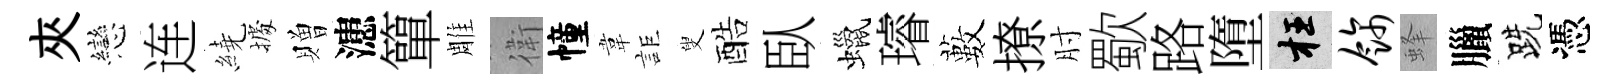
夾戀连繞𢴃贈漶簞雕衛幢韋詎叟酷臥蠟璿藪撩肘歜路墮枉饰蜂臘跣憑